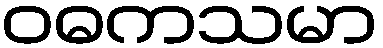
ဝဓကသမာ